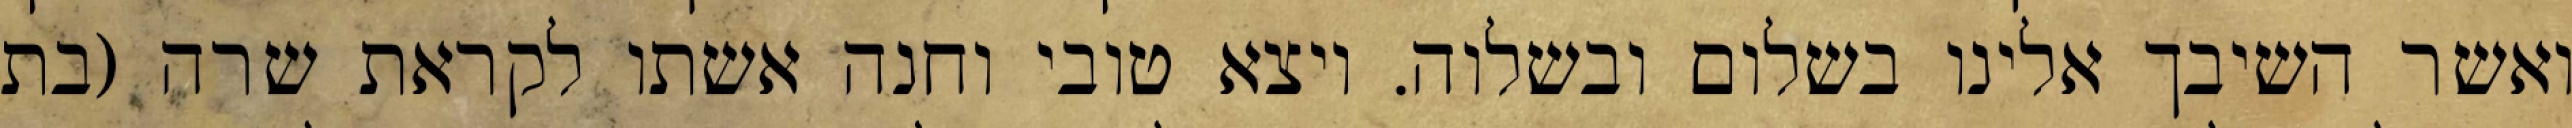
ואשר השיבך אלינו בשלום ובשלוה. ויצא טובי וחנה אשתו לקראת שרה (בת